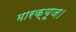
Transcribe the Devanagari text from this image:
मारक्यूज़।